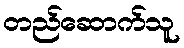
တည်ဆောက်သူ